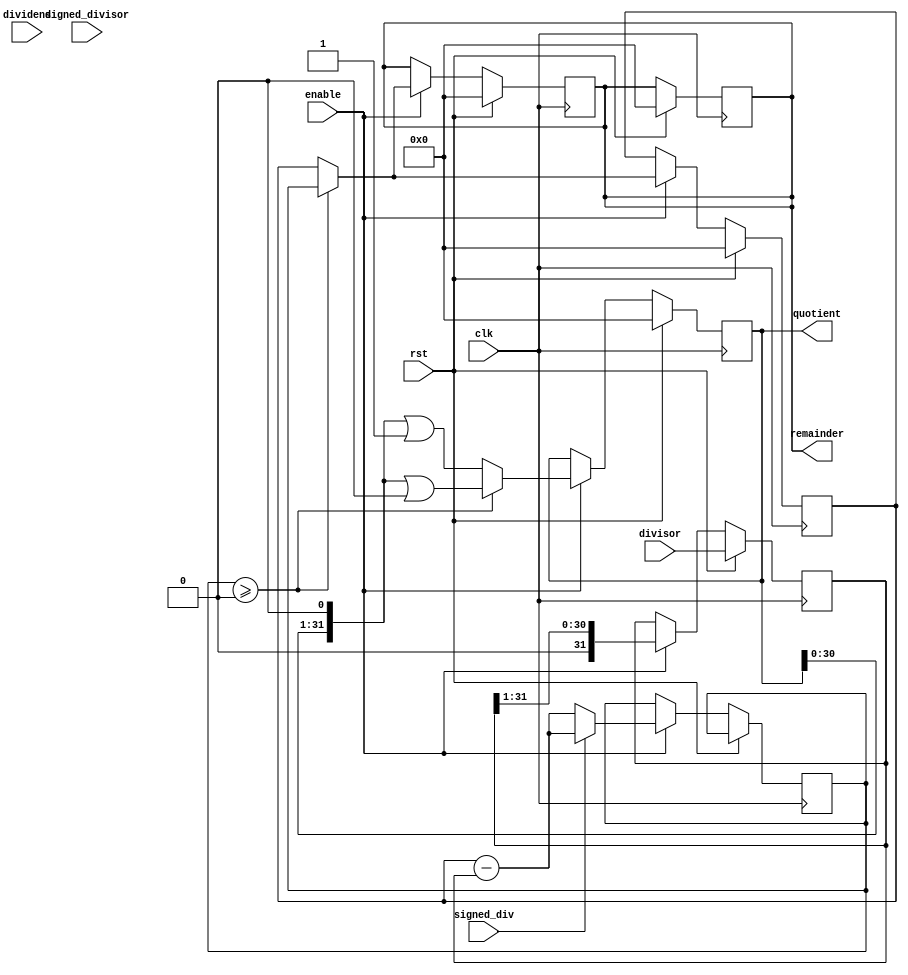
module sync_divider (
    input wire clk,
    input wire rst,
    input wire enable,
    input wire signed_div,
    input wire signed_divisor,
    input wire [31:0] dividend,
    input wire [31:0] divisor,
    output reg [31:0] quotient,
    output reg [31:0] remainder
);

reg [31:0] accumulator;
reg [31:0] subtractor_output;
reg [31:0] shift_register;

always @ (posedge clk) begin
    if (rst) begin
        accumulator <= 32'b0;
        quotient <= 32'b0;
        remainder <= 32'b0;
        shift_register <= divisor;

    end else if (enable) begin
        if (signed_div) begin
            subtractor_output <= accumulator - shift_register;
        end else begin
            subtractor_output <= {1'b0, accumulator} - shift_register;
        end
        
        if (subtractor_output >= 32'b0) begin
            accumulator <= subtractor_output;
            quotient <= quotient << 1 | 1'b0;
        end else begin
            accumulator <= accumulator;
            quotient <= quotient << 1 | 1'b1;
        end

        shift_register <= shift_register >> 1;
        
    end
end

always @ (posedge clk) begin
    if (rst) begin
        remainder <= 32'b0;
    end else if (enable) begin
        if (subtractor_output >= 32'b0) begin
            remainder <= subtractor_output;
        end else begin
            remainder <= accumulator;
        end
    end
end

endmodule